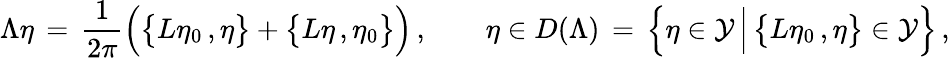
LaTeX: \Lambda\eta\, =\, \frac{1}{2\pi}\Bigl(\bigl\{ L\eta_{0}\, ,\eta\bigr\} +\bigl\{ L\eta\, ,\eta_{0}\bigr\} \Bigr)\, ,\qquad\eta\in D(\Lambda)\, =\, \Bigl\{ \eta\in\mathcal{Y}\, \Big|\, \bigl\{ L\eta_{0}\, ,\eta\bigr\} \in\mathcal{Y}\Bigr\} \, ,